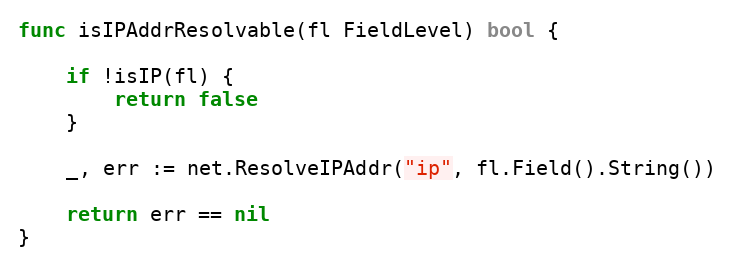
Language: Go
func isIPAddrResolvable(fl FieldLevel) bool {

	if !isIP(fl) {
		return false
	}

	_, err := net.ResolveIPAddr("ip", fl.Field().String())

	return err == nil
}